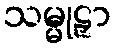
သမ္မုဠှာ